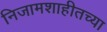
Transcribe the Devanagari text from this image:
निजामशाहीतच्या